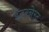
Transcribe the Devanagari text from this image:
इंटरनेरट